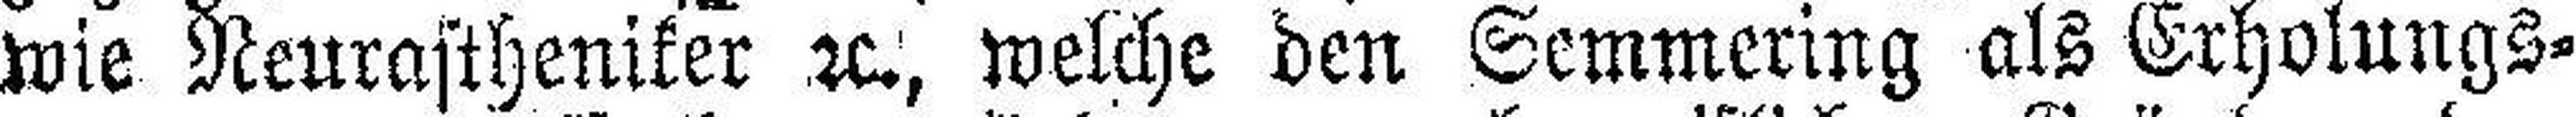
wie Neurastheniker 2c., welche den Semmering als Erholungs¬